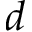
d